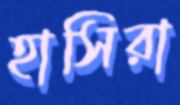
হাসিরা